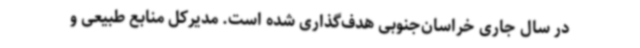
در سال جاری خراسان‌جنوبی هدف‌گذاری شده است. مدیرکل منابع طبیعی و